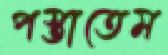
পস্তাতেম